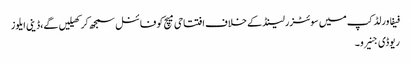
فیفا ورلڈ کپ میں سوئٹزرلینڈ کے خلاف افتتاحی میچ کو فائنل سمجھ کر کھیلیں گے،ڈینی ایلوز
ریوڈی جنیرو ۔